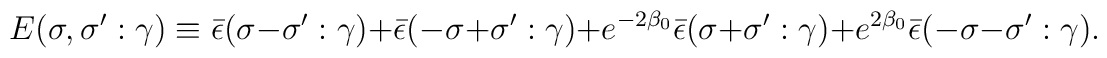
E(\sigma,\sigma':\gamma)\equiv \bar{\epsilon}(\sigma-\sigma':\gamma) +\bar{\epsilon }(-\sigma+\sigma':\gamma) +e^{-2\beta_0}\bar{\epsilon }(\sigma+\sigma':\gamma) +e^{2\beta_0}\bar{\epsilon }(-\sigma-\sigma':\gamma).